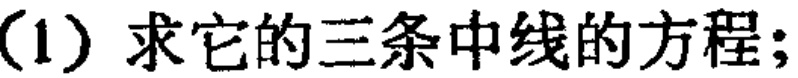
(1) 求它的三条中线的方程;